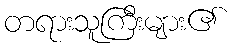
တရားသူကြီးများ၏